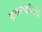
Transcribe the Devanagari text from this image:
सुखवादविरोधी